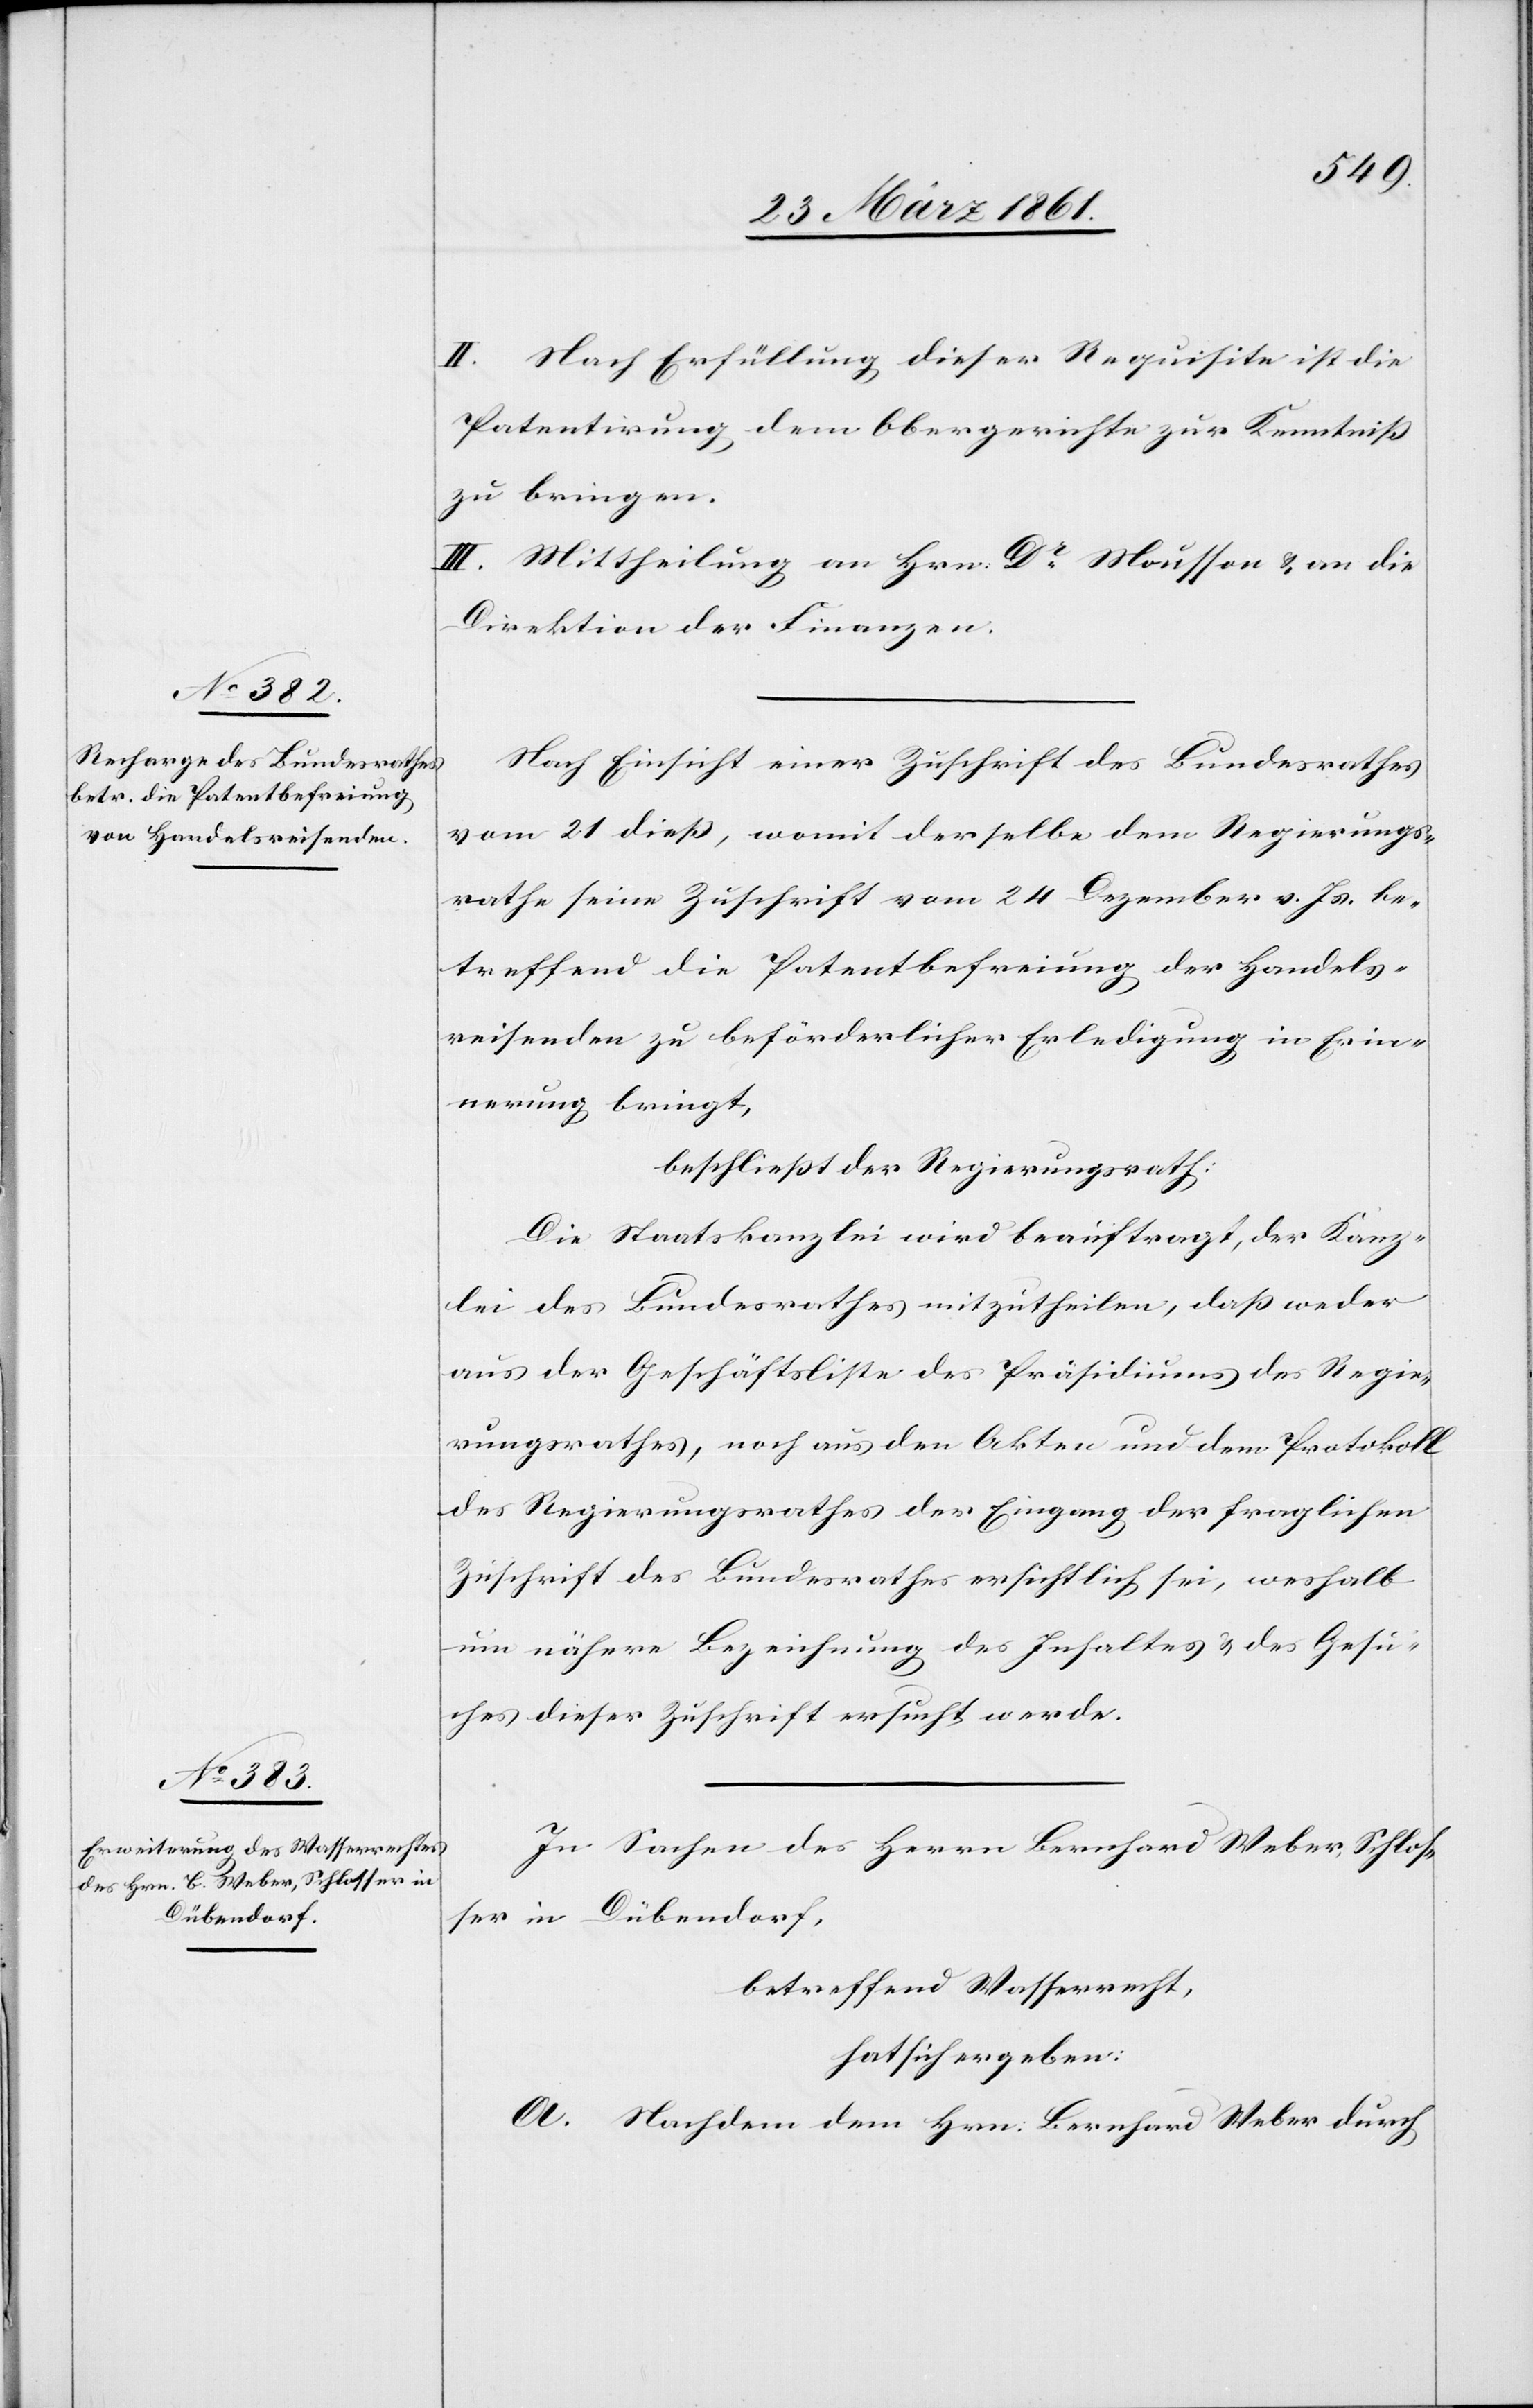
II. Nach Erfüllung dieser Reuqisite ist die
Patentirung dem Obergerichte zur Kenntniß
zu bringen.
III. Mittheilung an Hrn. Dr. Mousson u. an die
Direktion der Finanzen.
Nach Einsicht einer Zuschrift des Bundesrathes
vom 21. dieß, womit derselbe dem Regierungs¬
rathe seine Zuschrift vom 24 Dezember v. Js. be¬
treffend die Patentbefreiung der Handels¬
reisenden zu beförderlicher Erledigung in Erin¬
nerung bringt,
beschließt der Regierungsrath:
Die Staatskanzlei wird beauftragt, der Kanz¬
lei des Bundesrathes mitzutheilen, daß weder
aus der Geschäftsliste des Präsidiums des Regie¬
rungsrathes, noch aus den Akten und dem Protokoll
des Regierungsrathes der Eingang der fraglichen
Zuschrift des Bundesrathes ersichtlich sei, weshalb
um nähere Bezeichnung des Inhaltes u. des Gesu¬
ches dieser Zuschrift ersucht werde.
In Sachen des Herrn Bernhard Weber, Schlos¬
ser in Dübendorf,
betreffend Wasserrecht,
hat sich ergeben:
A. Nachdem dem Hrn. Bernhard Weber durch